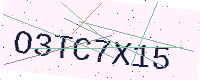
Text: O3TC7X15